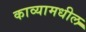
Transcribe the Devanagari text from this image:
काव्यामधील